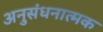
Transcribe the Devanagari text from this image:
अनुसंधनात्मक